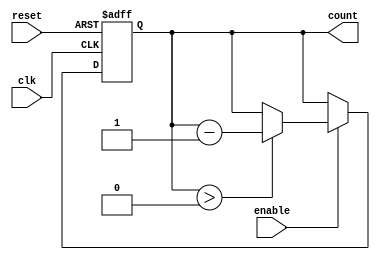
module DecrementalCounter #(parameter N = 8) (
    input wire clk,        // Clock signal
    input wire reset,      // Asynchronous reset signal
    input wire enable,     // Enable signal to decrement the counter
    output reg [N-1:0] count // Current count value
);

    // Initial value for count
    initial begin
        count = N; // Initialize the count to N
    end

    // Asynchronous reset and synchronous counting
    always @(posedge clk or posedge reset) begin
        if (reset) begin
            count <= N; // Reset count to initial value N
        end else if (enable) begin
            if (count > 0) begin
                count <= count - 1; // Decrement counter if greater than 0
            end
        end
    end

endmodule